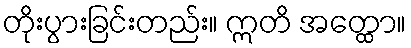
တိုးပွားခြင်းတည်း။ ဣတိ အတ္ထော။